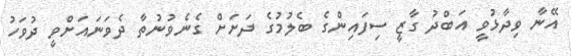
އޭނާ ވިދާޅުވީ އަބްދު ގާޒީ ސިފައިންގެ ބެލުމުގެ ދަށަށް ގެނެވުނުތާ ދެވަނައަށްވީ ދުވަހު